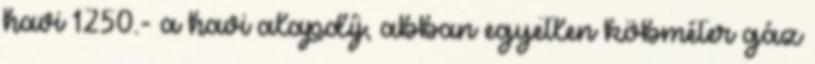
havi 1250.- a havi alapdíj, abban egyetlen köbméter gáz